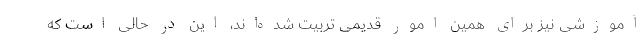
آموزشی نیز برای همین امور قدیمی تربیت شده‌اند، این در حالی است كه